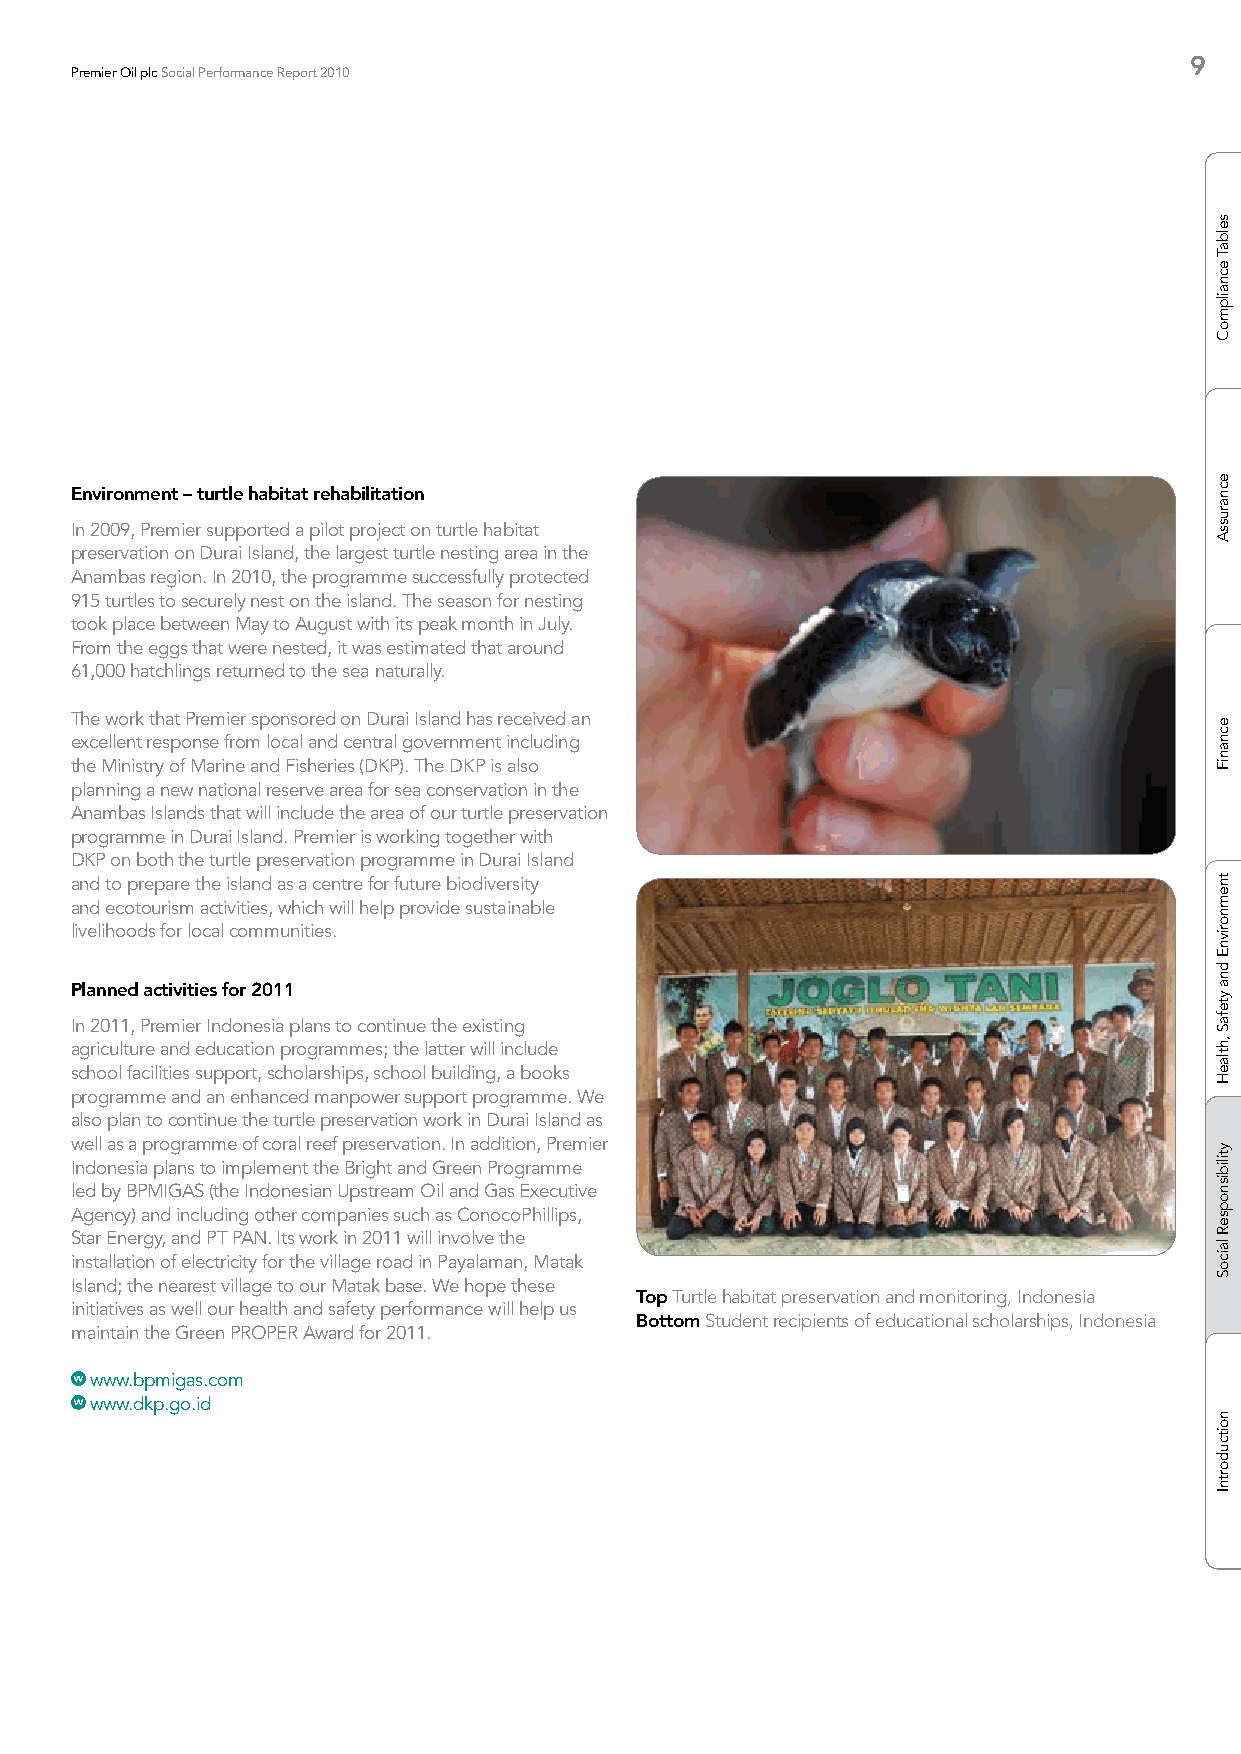
9
 Premier Oil plc Social Performance Report 2010
 Environment – turtle habitat rehabilitation
 In 2009, Premier supported a pilot project on turtle habitat
 preservation on Durai Island, the largest turtle nesting area in the
 Anambas region. In 2010, the programme successfully protected
 915 turtles to securely nest on the island. The season for nesting
 took place between May to August with its peak month in July.
 From the eggs that were nested, it was estimated that around
 61,000 hatchlings returned to the sea naturally.
 The work that Premier sponsored on Durai Island has received an
 excellent response from local and central government including
 the Ministry of Marine and Fisheries (DKP). The DKP is also
 planning a new national reserve area for sea conservation in the
 Anambas Islands that will include the area of our turtle preservation
 programme in Durai Island. Premier is working together with
 DKP on both the turtle preservation programme in Durai Island
 and to prepare the island as a centre for future biodiversity
 and ecotourism activities, which will help provide sustainable
 livelihoods for local communities.
 Planned activities for 2011
 In 2011, Premier Indonesia plans to continue the existing
 agriculture and education programmes; the latter will include
 school facilities support, scholarships, school building, a books
 programme and an enhanced manpower support programme. We
 also plan to continue the turtle preservation work in Durai Island as
 well as a programme of coral reef preservation. In addition, Premier
 Indonesia plans to implement the Bright and Green Programme
 led by BPMIGAS (the Indonesian Upstream Oil and Gas Executive
 Agency) and including other companies such as ConocoPhillips,
 Star Energy, and PT PAN. Its work in 2011 will involve the
 installation of electricity for the village road in Payalaman, Matak
 Island; the nearest village to our Matak base. We hope these
 Top Turtle habitat preservation and monitoring, Indonesia
 initiatives as well our health and safety performance will help us
 Bottom Student recipients of educational scholarships, Indonesia
 maintain the Green PROPER Award for 2011.
 www.bpmigas.com
 www.dkp.go.id
 selbaT
 ecnailpmoC
 ecnarussA
 ecnaniF
 tnemnorivnE
 dna
 ytefaS
 ,htlaeH
 ytilibisnopseR
 laicoS
 noitcudortnI